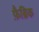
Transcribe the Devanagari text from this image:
फ़ैब्रिक